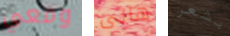
ومعي هالى بشعر